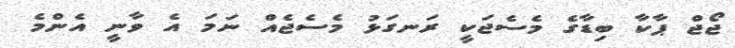
ޖޯޖް ޕާކާ ބިޑާގެ މެސެޖަކީ ރަނގަޅު މެސެޖެއް ނަމަ އެ ވާނީ އެންމެ